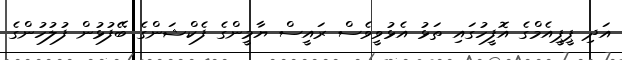
އަދި ޕީޕީއެމްގެ އޮފީހުގައި ތަޅު އެޅުވީވެސް ރައީސް ޔާމީންގެ ފެކްޝަންގެ ބޭފުޅުން ފުލުހުންގެ